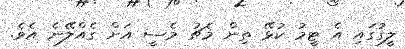
ލީގުގައި އެ ޓީމު ކުޅޭ ތިން މެޗު މެސީ އަށް ގެއްލޭނެ އެވެ.